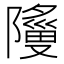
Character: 𬯞